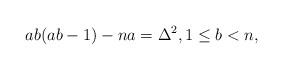
LaTeX: \begin{align*}ab(ab-1)-na=\Delta^2,1\leq b<n,\end{align*}